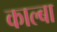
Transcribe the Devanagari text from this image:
काल्बा